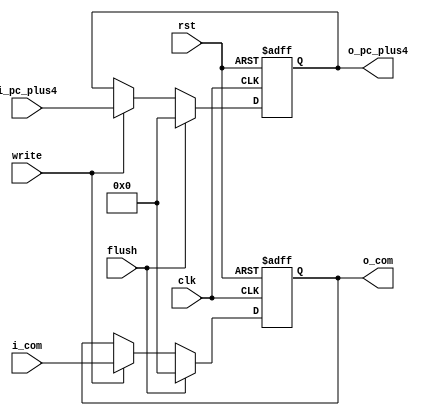
module if_id(input clk, input rst, input flush, input write, input [31:0] i_pc_plus4, input [31:0] i_com, output [31:0] o_com, output [31:0] o_pc_plus4);

reg [31:0] o_com, o_pc_plus4;

always @(posedge clk or posedge rst)
begin 
	if(rst)
	begin 
		o_com <= 0;
		o_pc_plus4 <= 0;
	end
	else
	begin	
		if(flush)
		begin
			o_com <= 0;
			o_pc_plus4 <= 0;
		end
		else if(write)
		begin 
			o_com <= i_com;
			o_pc_plus4 <= i_pc_plus4;
		end	
	end			 
end	

endmodule